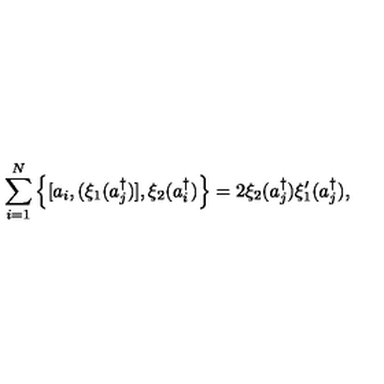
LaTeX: \sum _ { i = 1 } ^ { N } \left\{ [ a _ { i } , ( \xi _ { 1 } ( a _ { j } ^ { \dagger } ) ] , \xi _ { 2 } ( a _ { i } ^ { \dagger } ) \right\} = 2 \xi _ { 2 } ( a _ { j } ^ { \dagger } ) \xi _ { 1 } ^ { \prime } ( a _ { j } ^ { \dagger } ) ,